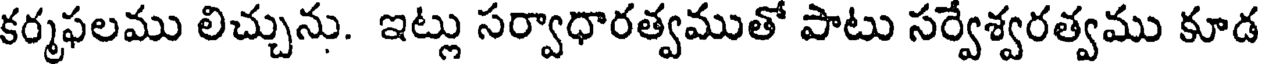
కర్మఫలము లిచ్చును. ఇట్లు సర్వాధారత్వముతో పాటు సర్వేశ్వరత్వము కూడ